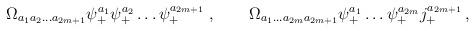
LaTeX: \begin{align*}\Omega_{a_1 a_2 \ldots a_{2m+1} } \psi^{a_1}_+ \psi^{a_2}_+ \ldots\psi^{a_{2m+1}}_+ \; , \qquad \Omega_{a_1 \ldots a_{2m} a_{2m+1} }\psi^{a_1}_+ \ldots \psi^{a_{2m}}_+ j^{a_{2m+1}}_+ \,,\end{align*}